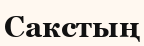
Сакстың